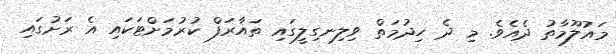
މައުލޫމާތު ދެއެވެ. މި ދެ ހިދުމަތް ވިލިނގިލީގައި ތައާރަފް ކުރުމަށްޓަކައި އެ ރަށުގައި